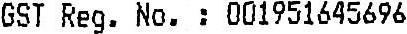
GST REG. NO. : 001951645696